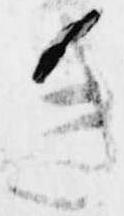
き